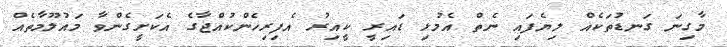
މާގިނަ ގަނޑުތަކެއް ލިޔެފައި ނެތް އެމުޅި ޑައިރީ ކީއިރު އެފިރިހެންކުއްޖާގެ އެކަށީގެންވާ މައުލޫމާތެއް